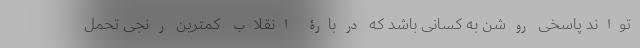
‌تواند پاسخی روشن به کسانی باشد که دربارۀ انقلاب کمترین رنجی تحمل